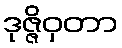
ဒုဇ္ဇိဝှတာ